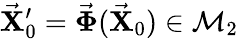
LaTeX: \vec{\mathbf X}_{0}^{\prime}=\vec{\mathbf\Phi}(\vec{\mathbf X}_{0})\in\mathcal{M}_{2}